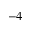
^ { - 4 }